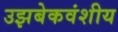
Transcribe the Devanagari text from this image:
उझबेकवंशीय